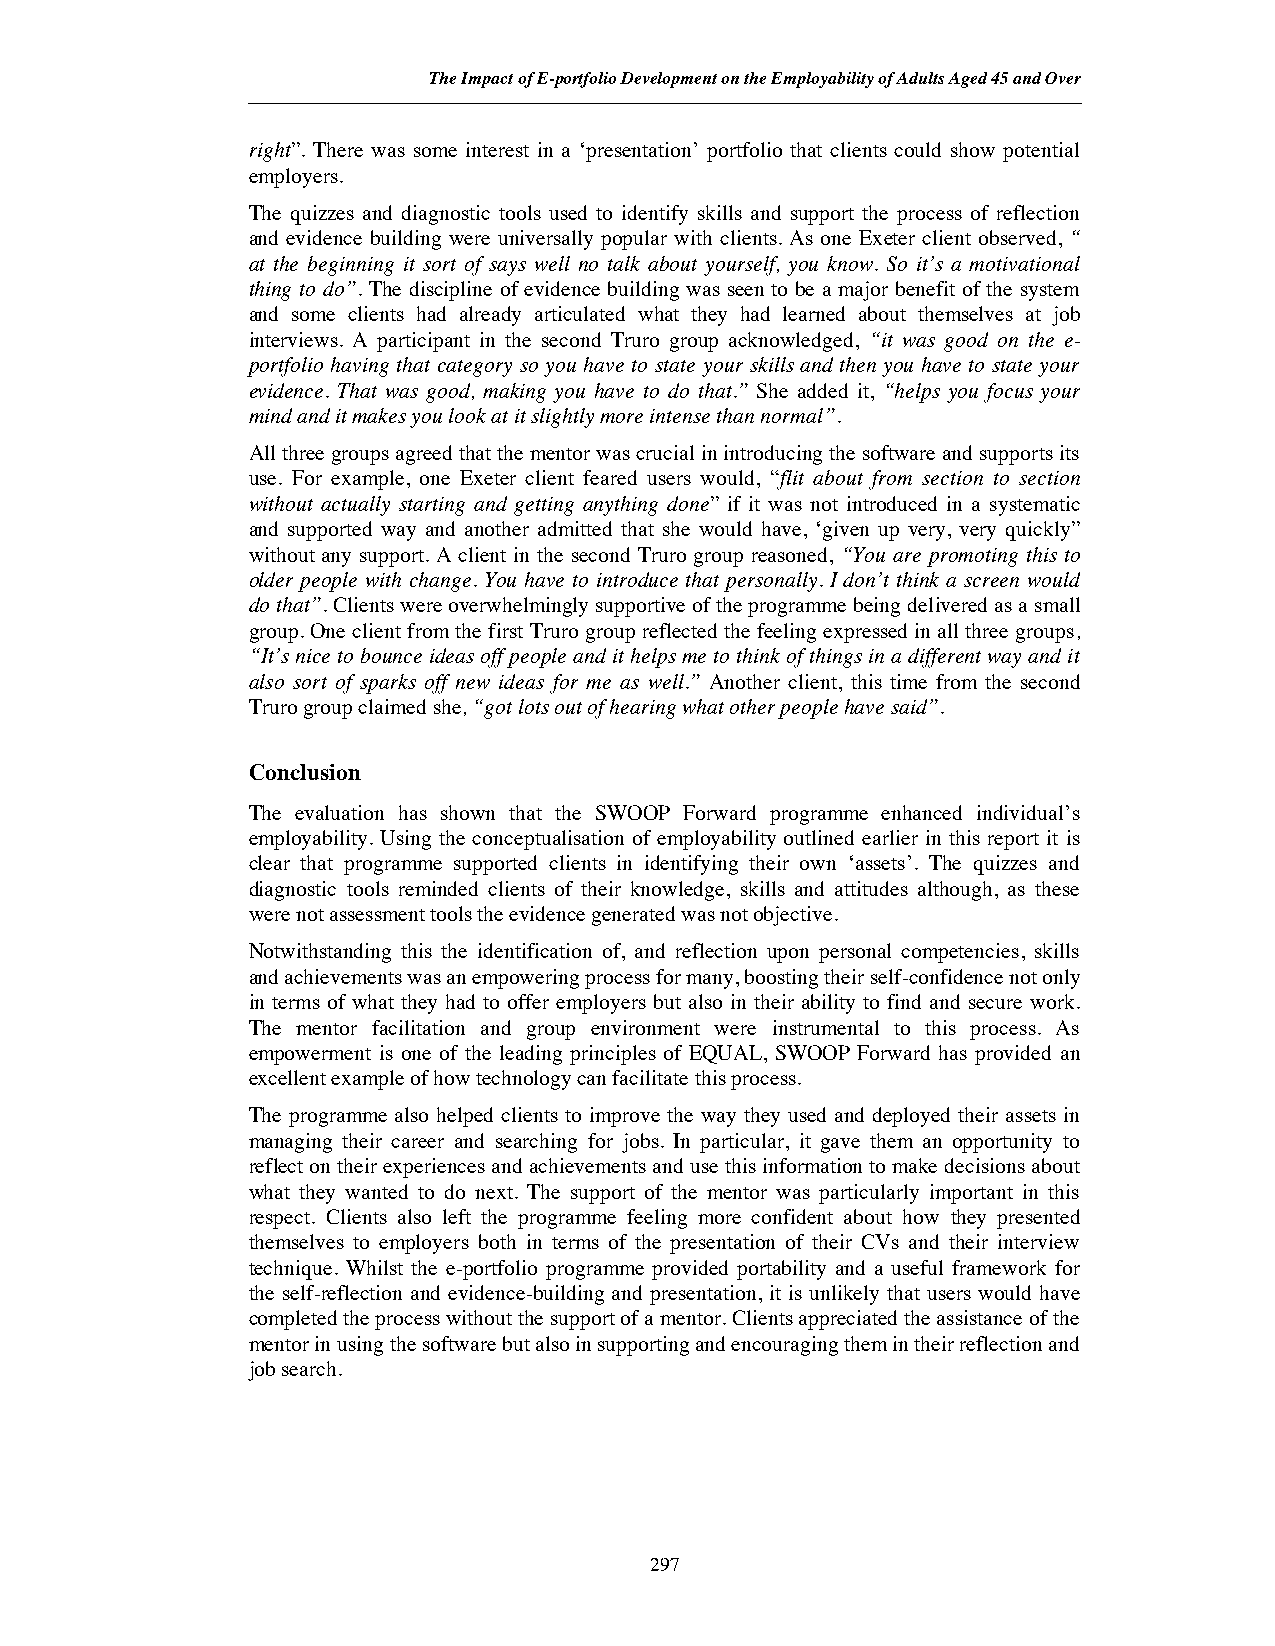
The Impact of E-portfolio Development on the Employability of Adults Aged 45 and Over
 right”. There was some interest in a ‘presentation’ portfolio that clients could show potential
 employers.
 The quizzes and diagnostic tools used to identify skills and support the process of reflection
 and evidence building were universally popular with clients. As one Exeter client observed, “
 at the beginning it sort of says well no talk about yourself, you know. So it’s a motivational
 thing to do”. The discipline of evidence building was seen to be a major benefit of the system
 and some clients had already articulated what they had learned about themselves at job
 interviews. A participant in the second Truro group acknowledged, “it was good on the e-
 portfolio having that category so you have to state your skills and then you have to state your
 evidence. That was good, making you have to do that.” She added it, “helps you focus your
 mind and it makes you look at it slightly more intense than normal”.
 All three groups agreed that the mentor was crucial in introducing the software and supports its
 use. For example, one Exeter client feared users would, “flit about from section to section
 without actually starting and getting anything done” if it was not introduced in a systematic
 and supported way and another admitted that she would have, ‘given up very, very quickly”
 without any support. A client in the second Truro group reasoned, “You are promoting this to
 older people with change. You have to introduce that personally. I don’t think a screen would
 do that”. Clients were overwhelmingly supportive of the programme being delivered as a small
 group. One client from the first Truro group reflected the feeling expressed in all three groups,
 “It’s nice to bounce ideas off people and it helps me to think of things in a different way and it
 also sort of sparks off new ideas for me as well.” Another client, this time from the second
 Truro group claimed she, “got lots out of hearing what other people have said”.
 Conclusion
 The evaluation has shown that the SWOOP Forward programme enhanced individual’s
 employability. Using the conceptualisation of employability outlined earlier in this report it is
 clear that programme supported clients in identifying their own ‘assets’. The quizzes and
 diagnostic tools reminded clients of their knowledge, skills and attitudes although, as these
 were not assessment tools the evidence generated was not objective.
 Notwithstanding this the identification of, and reflection upon personal competencies, skills
 and achievements was an empowering process for many, boosting their self-confidence not only
 in terms of what they had to offer employers but also in their ability to find and secure work.
 The mentor facilitation and group environment were instrumental to this process. As
 empowerment is one of the leading principles of EQUAL, SWOOP Forward has provided an
 excellent example of how technology can facilitate this process.
 The programme also helped clients to improve the way they used and deployed their assets in
 managing their career and searching for jobs. In particular, it gave them an opportunity to
 reflect on their experiences and achievements and use this information to make decisions about
 what they wanted to do next. The support of the mentor was particularly important in this
 respect. Clients also left the programme feeling more confident about how they presented
 themselves to employers both in terms of the presentation of their CVs and their interview
 technique. Whilst the e-portfolio programme provided portability and a useful framework for
 the self-reflection and evidence-building and presentation, it is unlikely that users would have
 completed the process without the support of a mentor. Clients appreciated the assistance of the
 mentor in using the software but also in supporting and encouraging them in their reflection and
 job search.
 297